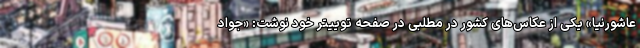
عاشورنیا» یکی از عکاس‌های کشور در مطلبی در صفحه توییتر خود نوشت: «جواد